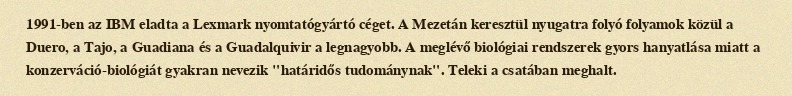
1991-ben az IBM eladta a Lexmark nyomtatógyártó céget. A Mezetán keresztül nyugatra folyó folyamok közül a Duero, a Tajo, a Guadiana és a Guadalquivir a legnagyobb. A meglévő biológiai rendszerek gyors hanyatlása miatt a konzerváció-biológiát gyakran nevezik "határidős tudománynak". Teleki a csatában meghalt.